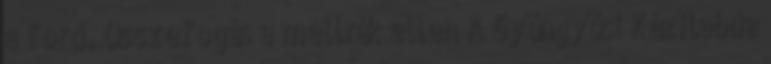
a ford. Összefogás a mellrák ellen A Gyöngyösi Kézilabda